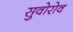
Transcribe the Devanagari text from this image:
सुवोरोव